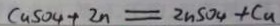
C u S O _ { 4 } + Z n = Z n S O _ { 4 } + C u